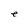
Character: e